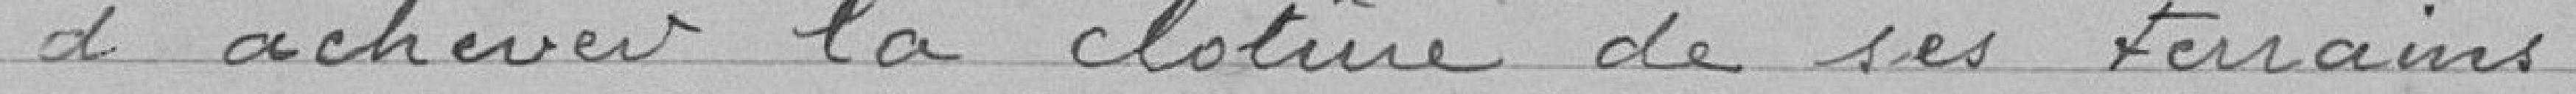
d'achever la clôture de ses terrains.